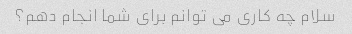
سلام چه کاری می توانم برای شما انجام دهم؟